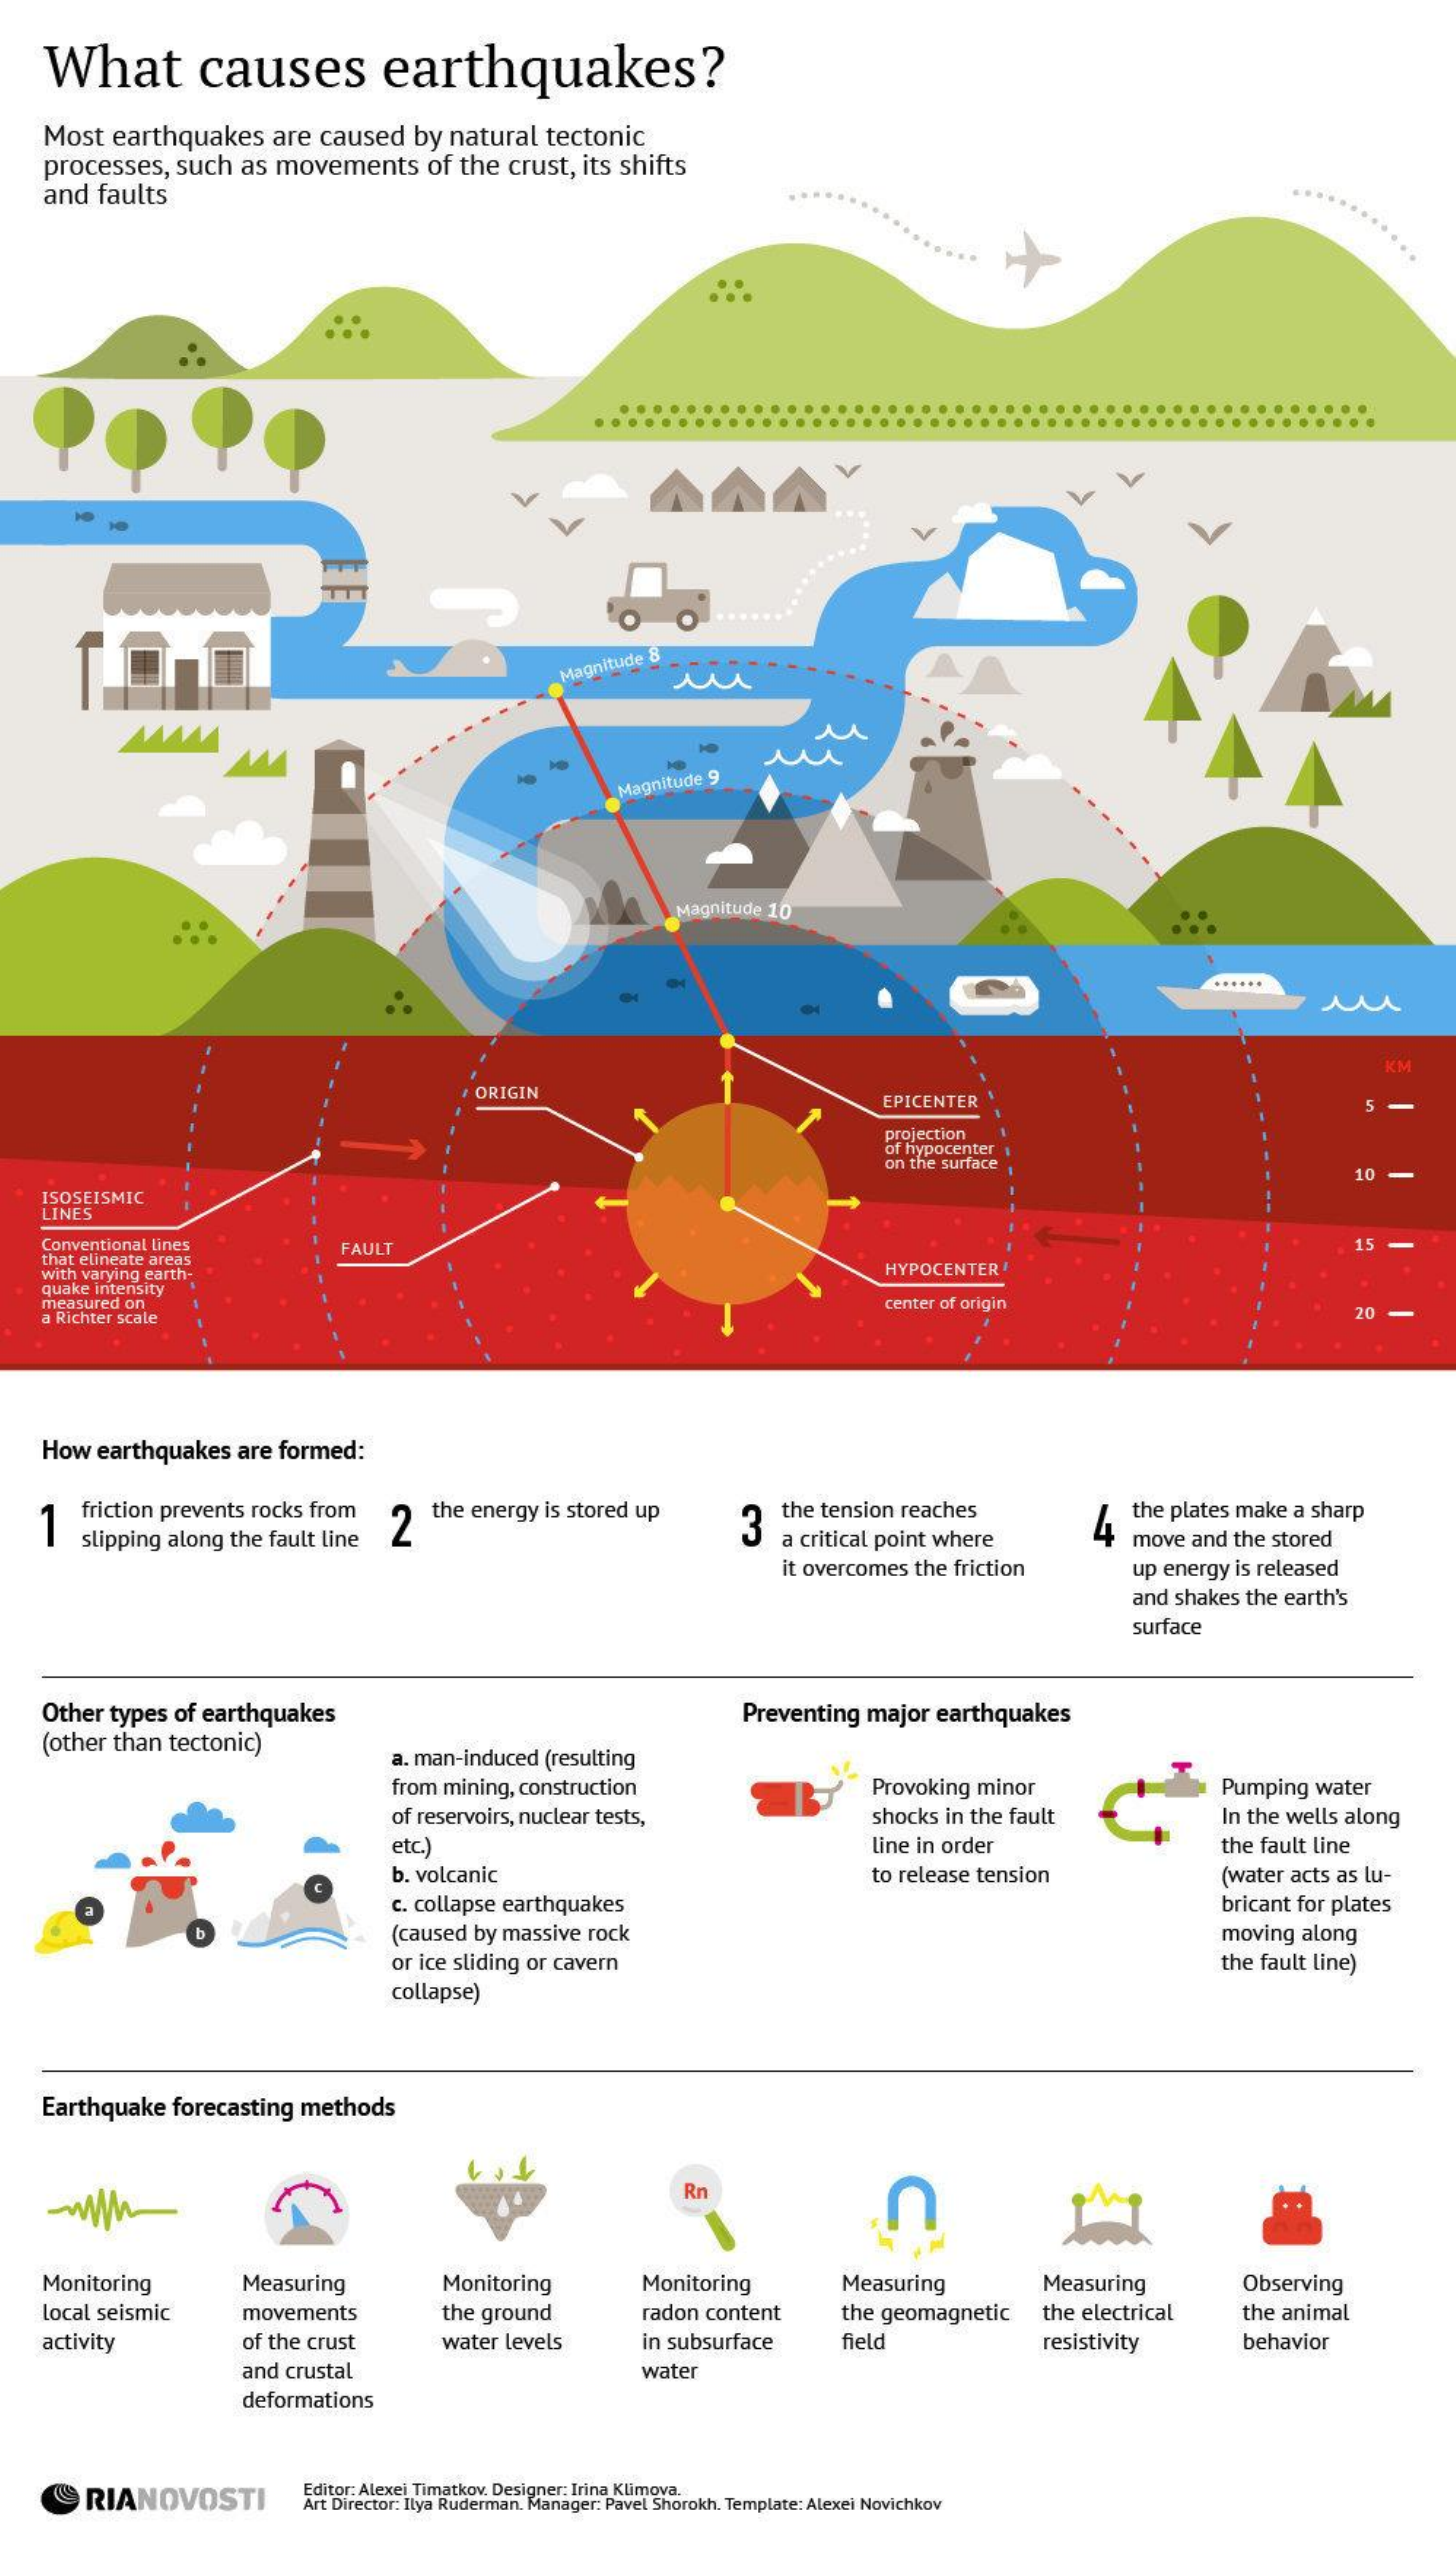
What    causes    earthquakes?
   Most earthquakes are caused by natural tectonic
   processes, such as movements of the crust, its shifts
   and faults
     Magnitude
     Magnitude 9
     Magnitude 10
     KM
     ORIGIN    EPICENTER    5
     projection
     of hypocenter
     on the surface
     10 -
   ISOSEISMIC
   LINES
   Conventional lines
   that elineate areas
     FAUL    15
   with varying earth-    HYPOCENTER'
   quake intensity
   measured on    center of origin
   a Richter scale    20
   How earthquakes are formed:
   1 friction prevents rocks from
     slipping along the fault line 2
     the energy is stored up
     3
     the tension reaches
     4 the plates make a sharp
     a critical point where move and the stored
     it overcomes the friction up energy is released
     and shakes the earth's
     surface
   Other types of earthquakes
   (other than tectonic)
     Preventing major earthquakes
     a. man-induced (resulting
     from mining, construction   Provoking minor    Pumping water
     of reservoirs, nuclear tests, shocks in the fault In the wells along
     etc.)    Line in order    the fault line
     b. volcanic    to release tension   (water acts as lu-
     c. collapse earthquakes    bricant for plates
     (caused by massive rock    moving along
     or ice sliding or cavern    the fault line)
     collapse)
   Earthquake forecasting methods
     Rn
     n
   Monitoring  Measuring   Monitoring Monitoring  Measuring   Measuring   Observing
   local seismic movements the ground  radon content the geomagnetic the electrical the animal
   activity    of the crust water levels in subsurface field  resistivity behavior
     and crustal    water
     deformations
     RIANOVOSTI   Editor: Alexei Timatkov. Designer: Irina Klimova.
     Art Director: Ilya Ruderman. Manager: Pavel Shorokh. Template: Alexei Novichkov